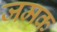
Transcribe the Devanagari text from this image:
जमक